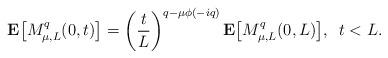
LaTeX: \begin{align*}{\bf E}\bigl[M_{\mu, L}^q(0, t)\bigr]=\left(\frac{t}{L}\right)^{q-\mu\phi(-iq)}{\bf E}\bigl[M_{\mu,L}^q(0, L)\bigr], \,\,\,t<L.\end{align*}